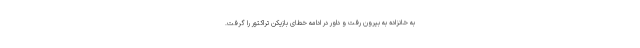
به خانزاده به بیرون رفت و داور در ادامه خطای بازیکن تراکتور را گرفت.